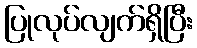
ပြုလုပ်လျက်ရှိပြီး